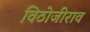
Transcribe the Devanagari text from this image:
विठोजीराव